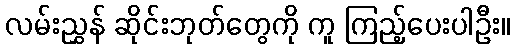
လမ်းညွှန် ဆိုင်းဘုတ်တွေကို ကူ ကြည့်ပေးပါဦး။